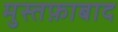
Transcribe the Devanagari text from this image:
मुस्तफ़ाबाद